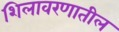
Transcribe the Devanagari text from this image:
शिलावरणातील